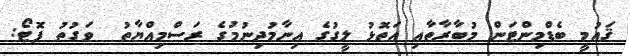
ޤައުމީ ބެޑްމިންޓަން މުބާރާތާއި އަތޮޅު ލީގުގެ އިނާމުދިނުމުގެ ރަސްމިއްޔާތު  ވަގުތު ފޮޓޯ: